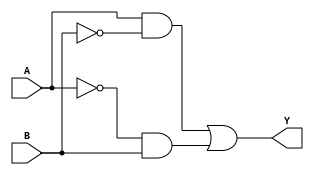
module xor_gate (
    input A, 
    input B, 
    output Y
);

wire t1, t2;

assign t1 = A & ~B;
assign t2 = ~A & B;
assign Y = t1 | t2;

endmodule